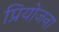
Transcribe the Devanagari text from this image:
प्रियोजना